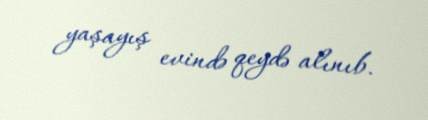
yaşayış evində qeydə alınıb.